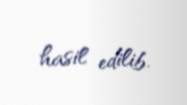
hasil edilib.